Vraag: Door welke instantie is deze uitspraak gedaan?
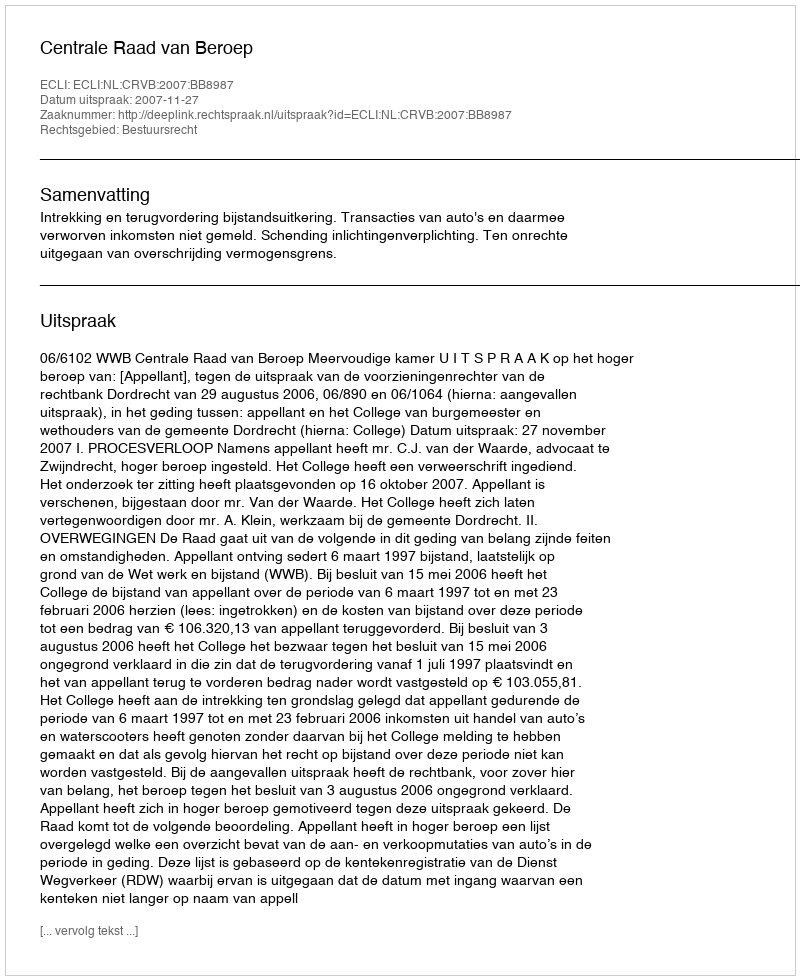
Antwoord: Centrale Raad van Beroep